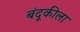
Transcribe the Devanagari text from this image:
बंदूकीला